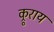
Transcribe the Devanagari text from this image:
क्रूराय